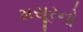
મસૂરનો